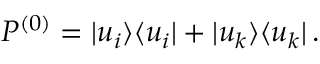
\begin{array} { r } { P ^ { ( 0 ) } = | u _ { i } \rangle \langle u _ { i } | + | u _ { k } \rangle \langle u _ { k } | \, . } \end{array}